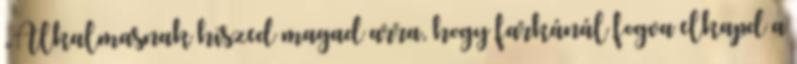
„Alkalmasnak hiszed magad arra, hogy farkánál fogva elkapd a